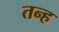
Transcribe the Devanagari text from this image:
तन्ह